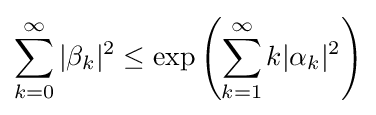
\sum _{k=0}^{\infty }|\beta _{k}|^{2}\leq \exp \left(\sum _{k=1}^{\infty }k|\alpha _{k}|^{2}\right)